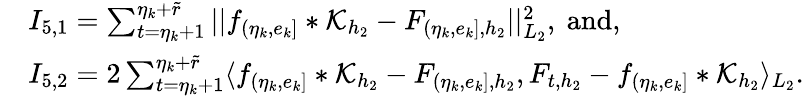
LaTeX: \begin{array}{rl}&{I_{5,1}=\sum_{t=\eta_{k}+1}^{\eta_{k}+\widetilde{r}}\vert\vert f_{(\eta_{k},e_{k}]}\ast\mathcal{K}_{{h_{2}}}-F_{(\eta_{k},e_{k}],{h_{2}}}\vert\vert_{L_{2}}^{2},\ \mathrm{and},}\\ &{I_{5,2}=2\sum_{t=\eta_{k}+1}^{\eta_{k}+\widetilde{r}}\langle f_{(\eta_{k},e_{k}]}\ast\mathcal{K}_{{h_{2}}}-F_{(\eta_{k},e_{k}],{h_{2}}},F_{t,{h_{2}}}-f_{(\eta_{k},e_{k}]}\ast\mathcal{K}_{{h_{2}}}\rangle_{L_{2}}.}\end{array}